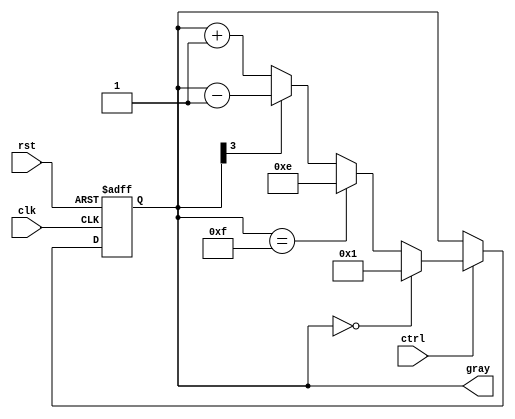
module BidirectionalGrayCounter(
    input clk, // Clock signal
    input rst, // Reset signal
    input ctrl, // Control signal for increment/decrement
    output reg [3:0] gray // Output Gray code value
);

reg [3:0] gray_next; // Next Gray code value

always @(posedge clk or posedge rst) begin
    if (rst) begin
        gray <= 4'b0000; // Initialize Gray code value
    end else begin
        gray <= gray_next; // Update Gray code value
    end
end

always @(*) begin
    if (ctrl) begin // If control signal is asserted
        if (gray == 4'b0000) begin
            gray_next = 4'b0001; // Increment Gray code value
        end else if (gray == 4'b1111) begin
            gray_next = 4'b1110; // Decrement Gray code value
        end else begin
            if (gray[3] == 1'b0) begin
                gray_next = gray + 1; // Increment Gray code value
            end else begin
                gray_next = gray - 1; // Decrement Gray code value
            end
        end
    end else begin
        gray_next = gray; // No change in Gray code value
    end
end

endmodule